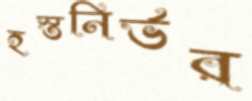
হস্তনির্ভর